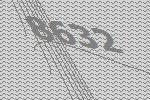
8632